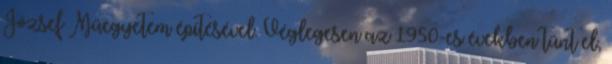
József Műegyetem építésével. Véglegesen az 1950-es években tűnt el,